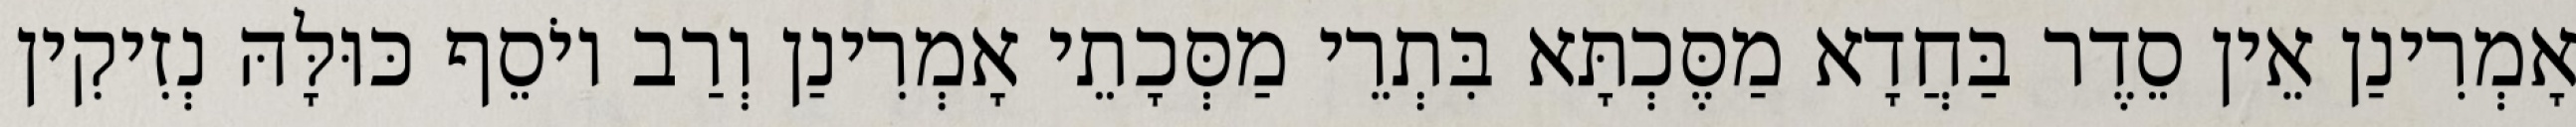
אָמְרִינַן אֵין סֵדֶר בַּחֲדָא מַסֶּכְתָּא בִּתְרֵי מַסְּכָתֵי אָמְרִינַן וְרַב יוֹסֵף כּוּלָּהּ נְזִיקִין